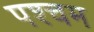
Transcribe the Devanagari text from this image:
पश्चम